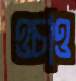
ওচাও